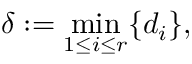
\delta : = \operatorname* { m i n } _ { 1 \leq i \leq r } \{ d _ { i } \} ,